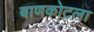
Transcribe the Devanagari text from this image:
बाणकोटला